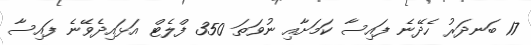
17 ބަނދަރު ހެދޭނެ ފައިސާ ކަމަށާއި ނުވަތަ 350 ފްލެޓް އަޅައިދެވޭނެ ފައިސާ